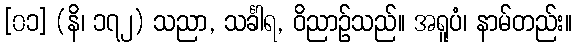
[၀၁] (နိ၊ ၁၇၂) သညာ, သင်္ခါရ, ဝိညာဉ်သည်။ အရူပံ၊ နာမ်တည်း။